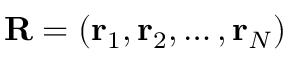
\mathbf { R } = ( \mathbf { r } _ { 1 } , \mathbf { r } _ { 2 } , \ldots , \mathbf { r } _ { N } )